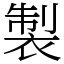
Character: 製